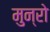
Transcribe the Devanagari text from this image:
मुन्रो